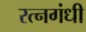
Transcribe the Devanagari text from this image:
रत्नगंधी